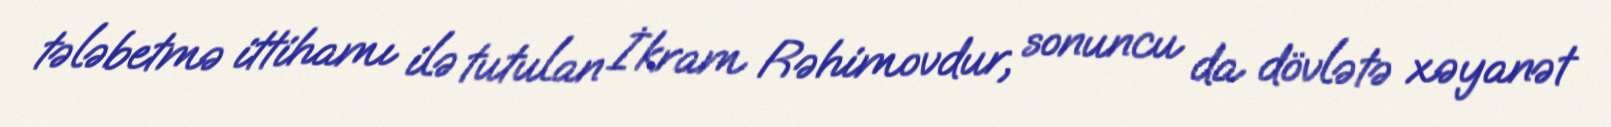
tələbetmə ittihamı ilə tutulan İkram Rəhimovdur, sonuncu da dövlətə xəyanət